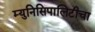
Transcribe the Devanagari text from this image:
म्युनिसिपालिटीचा